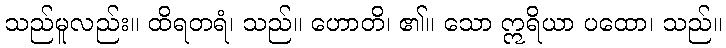
သည်မူလည်း။ ထိရတရံ၊ သည်။ ဟောတိ၊ ၏။ သော ဣရိယာ ပထော၊ သည်။